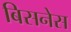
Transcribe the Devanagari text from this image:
बिसनेस